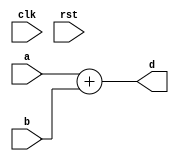
module conf_int_add__noFF__arch_agnos( clk, rst, a, b, d
 );

//--- parameters
//parameter BT_RND = 0
parameter OP_BITWIDTH = 16; //operator bit width
parameter DATA_PATH_BITWIDTH = 16; //flip flop Bit width

//--- input,outputs
input clk;
input rst;
input [DATA_PATH_BITWIDTH -1:0] a;
input [DATA_PATH_BITWIDTH-1:0] b;
output [DATA_PATH_BITWIDTH-1:0] d;


//--- no flop design
assign  d = (a + b);

endmodule


module conf_int_add__noFF__arch_agnos__w_wrapper( clk, rst, a, b, d
);

//--- parameters
//parameter BT_RND = 0
parameter OP_BITWIDTH = 16; //operator bit width
parameter DATA_PATH_BITWIDTH = 16; //flip flop Bit width


//--- input,outputs
input [DATA_PATH_BITWIDTH -1:0] a;
input [DATA_PATH_BITWIDTH-1:0] b;
output [DATA_PATH_BITWIDTH-1:0] d;
input clk;
input rst;

conf_int_add__noFF__arch_agnos #(DATA_PATH_BITWIDTH, OP_BITWIDTH) add(.clk(clk), .rst(rst), .a(a), .b(b), 
    .d(d));

endmodule